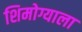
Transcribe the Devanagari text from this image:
शिमोग्याला